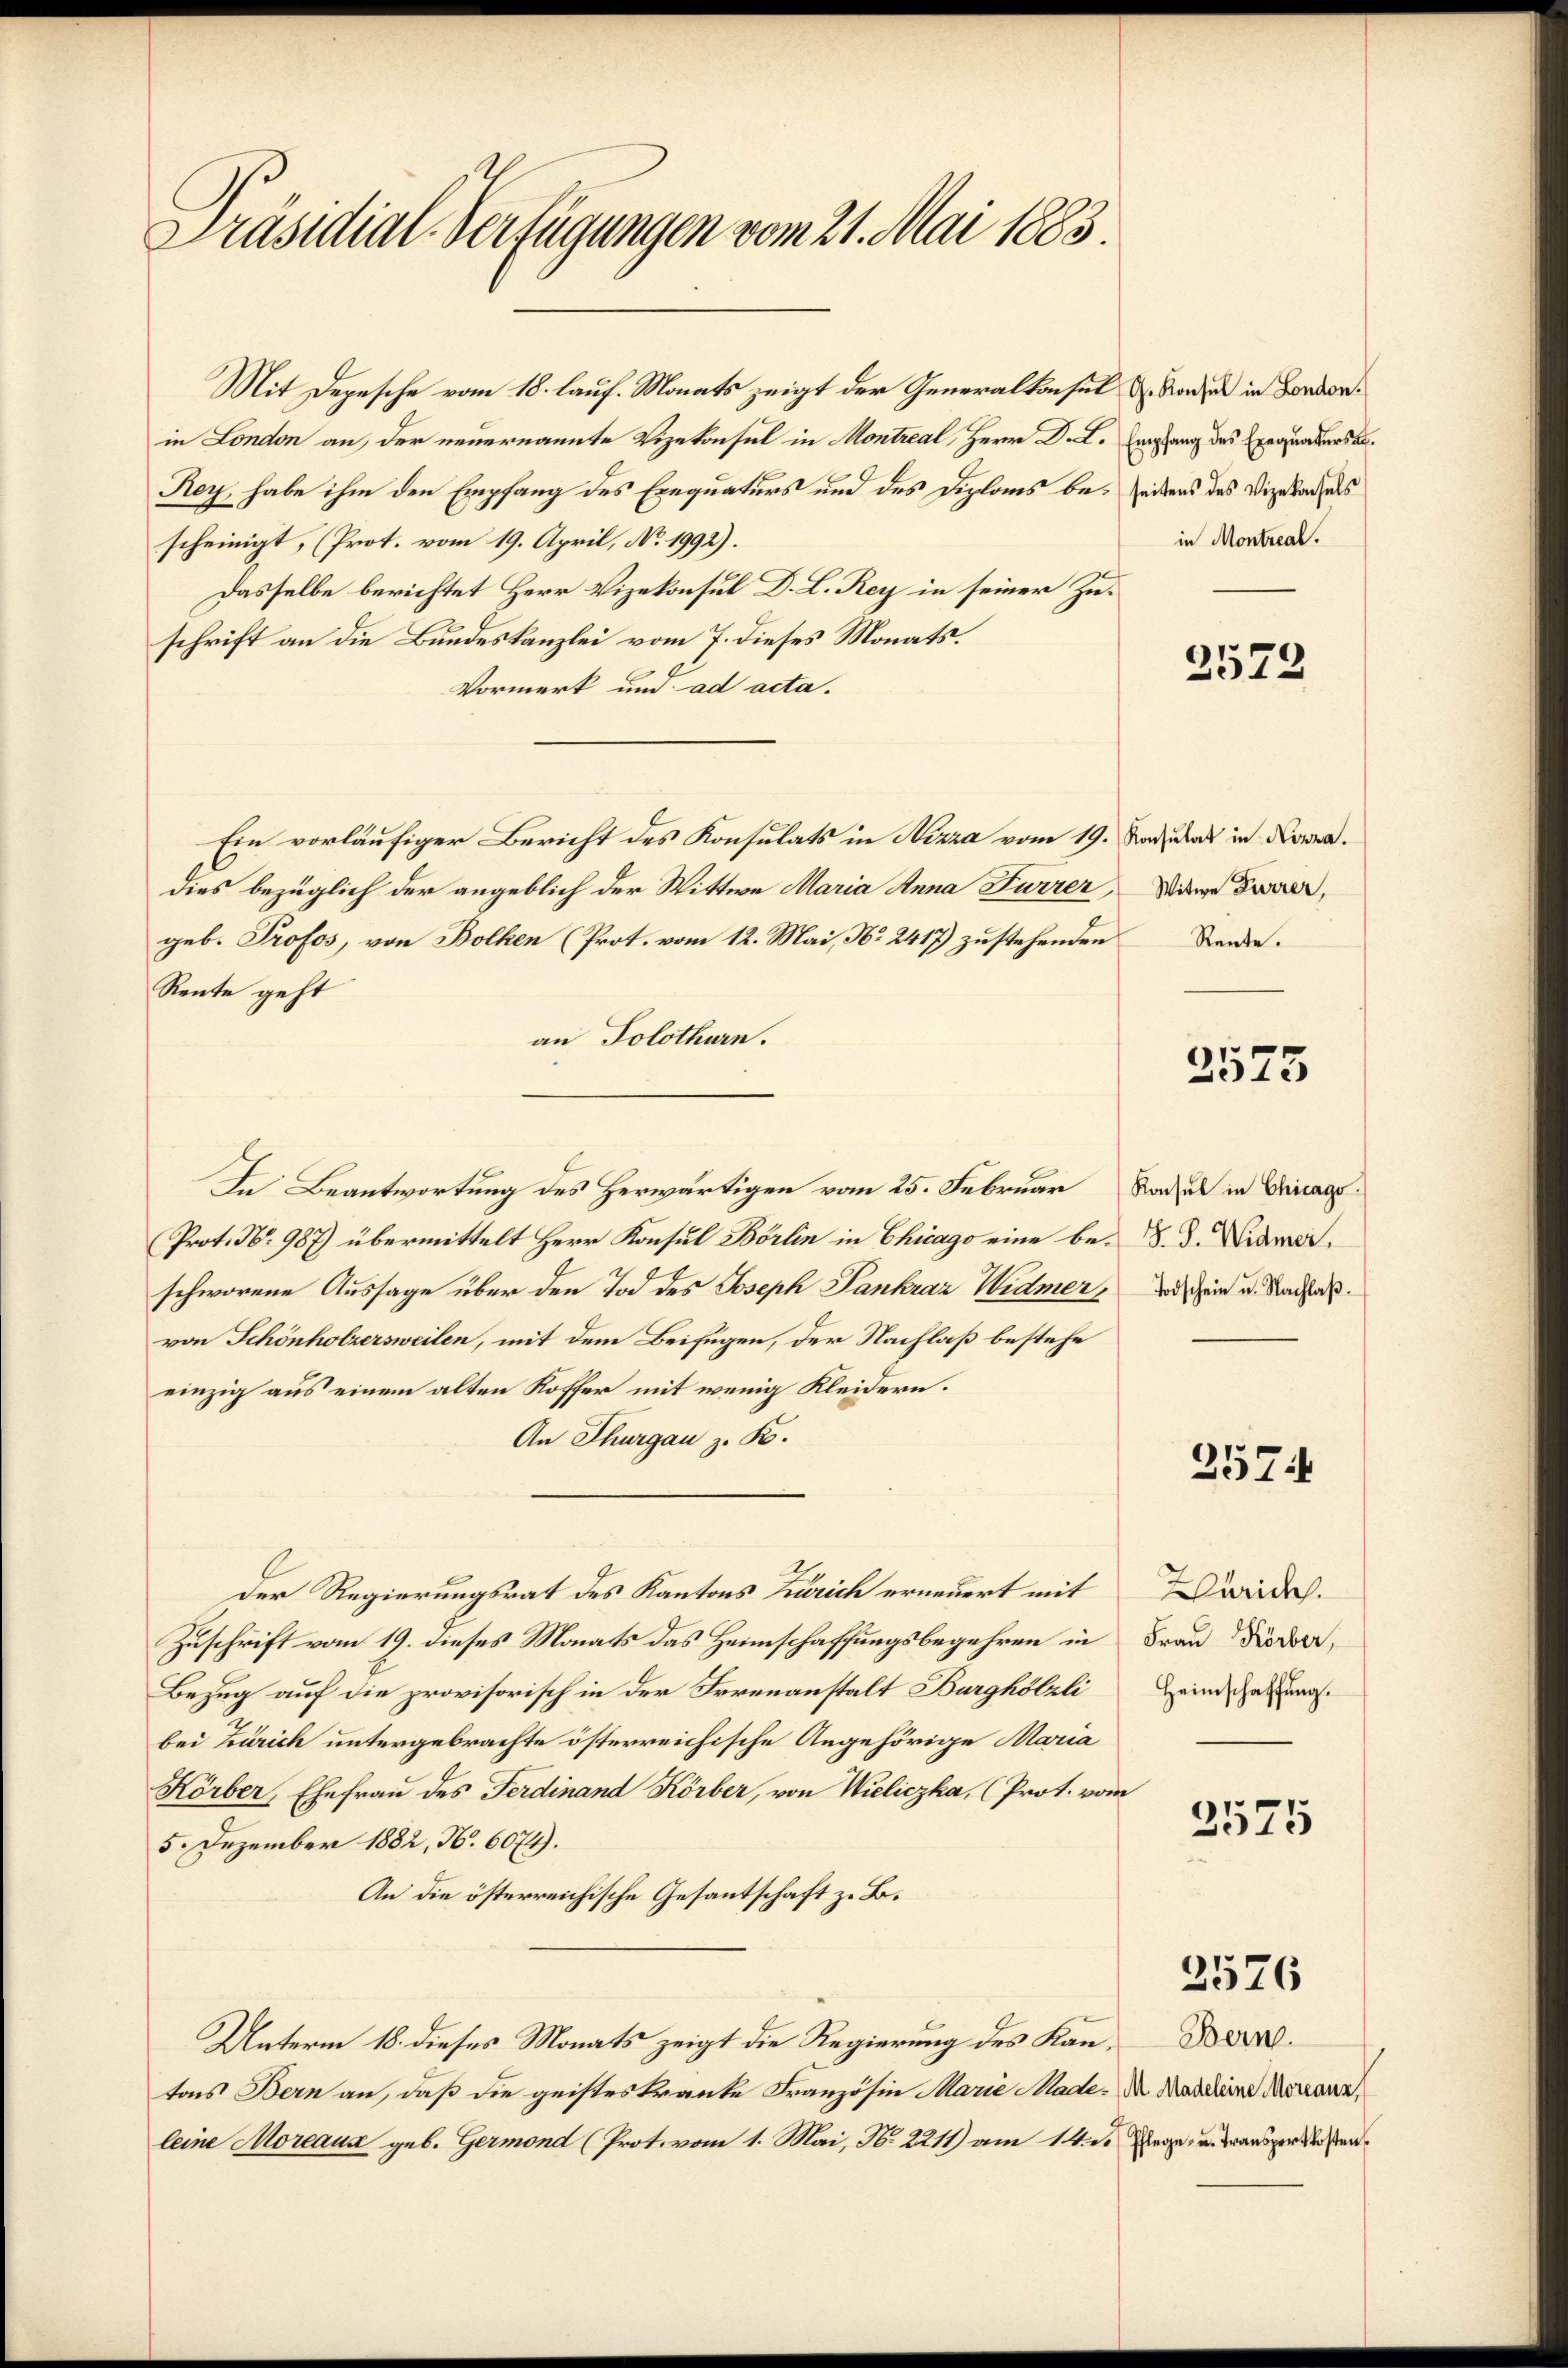
Präsidial-Verfügungen vom 21. Mai 1883.

Mit Depesche vom 18. lauf. Monats zeigt der Generalkonsul
in London an, der neuernannte Vizekonsul in Montreal, Herr D. L.
Roy, habe ihm den Empfang des Exequaturs und des Diploms bescheinigt, (Prot. vom 19. April, No. 1992).
Dasselbe berichtet Herr Vizekonsul D. L. Rey in seiner Zuschrift an die Bundeskanzlei vom 7. dieses Monats.
Vormerk um ad acta.
Ein vorläufiger Bericht des Konsulats in Nizza vom 19. Januar in Kordies bezüglich der angeblich der Wittwe Maria Anna Furrer,
geb. Profes, von Bolken (Prot. vom 12. Mai, No 2417) zustehenden
Rente geht
an Solothurn.
In Beantwortung des Herwärtigen vom 25. Februar
Prot. Nr. 987) übermittelt Herr Konsul Börlin in Chicago eine be- 8. d. Widmeischworene Aussage über den Tod des Joseph Pankraz Widmer,
von Schönholzersweilen, mit dem Beifügen, der Nachlaß bestehe
einzig aus einem alten Koffer mit wenig Kleidern.
An Thurgau z. B.
Der Regierungsrat des Kantons Zürich erneuert mit
Zuschrift vom 19. dieses Monats das Heimschaffungsbegehren in
Bezug auf die provisorisch in der Irrenanstalt Burghölzli
bei Zürich untergebrachte österreichische Angehörige Maria
Körber, Ehefrau des Ferdinand Körber, von Wieliczka, (Prot. vom
5. Dezember 1882, N. 6074).
An die österreichische Gesantschaft z. B.
Unterm 18. dieses Monats zeigt die Regierung des Kantons Bern an, daß die geisteskranke Französin Marie Madeleine Moreaus geb. Germond (Prot. vom 1. Mai, N. 2211) am 14. d.

G. Konsul in London.
Empfang des Exequatersat
seitens des Vizekonsuls
in Montreal.

3573

Witwe Furrer,
Rente.

3523

Konsul in Chicago.
Todschein u. Nachlaß.

2574

Zürich.
Frau Körber,
Heimschaffung.

2575

2576

Bern.
M. Madeleine Moreanz,
Pflege- u. Transportkosten.